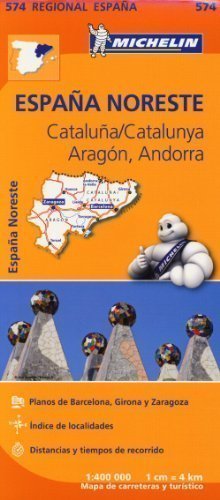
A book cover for Catalu? / Catalunya, Arag?, Andorra Regional Map 574 (Michelin Regional Maps) by Michelin published by Michelin maps & guides (2013); Travel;